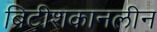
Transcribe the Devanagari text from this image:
ब्रिटीशकानलीन